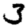
Digit: 3